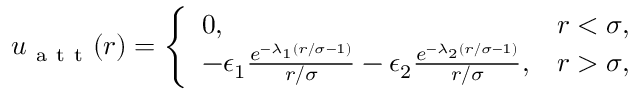
\begin{array} { r } { u _ { \mathrm { ~ a ~ t ~ t ~ } } ( r ) = \left\{ \begin{array} { l l } { 0 , \quad } & { r < \sigma , } \\ { - \epsilon _ { 1 } \frac { e ^ { - \lambda _ { 1 } ( r / \sigma - 1 ) } } { r / \sigma } - \epsilon _ { 2 } \frac { e ^ { - \lambda _ { 2 } ( r / \sigma - 1 ) } } { r / \sigma } , } & { r > \sigma , } \end{array} \right. } \end{array}